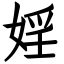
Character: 婬